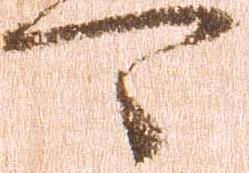
可